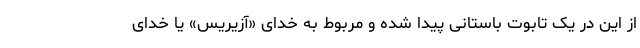
از این در یک تابوت باستانی پیدا شده و مربوط به خدای «آزیریس» یا خدای